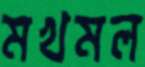
মখমল